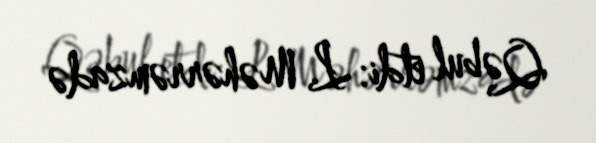
Qəbul etdi: L. Məhərrəmzadə